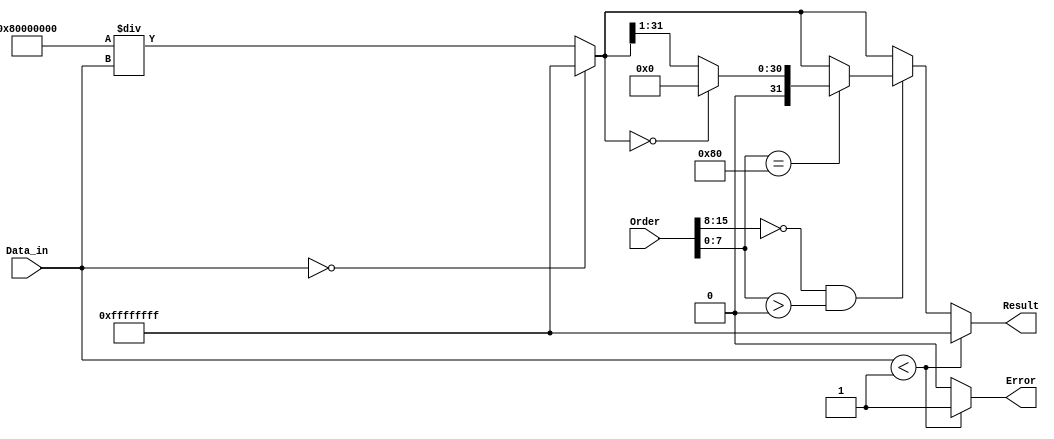
module fractional_order_reciprocal (
    input wire [31:0] Data_in,  // Input data (fixed-point or floating-point)
    input wire [15:0] Order,     // Fractional order (fixed-point representation)
    output reg [31:0] Result,    // Output result (fixed-point or floating-point)
    output reg Error              // Error flag
);

    // Internal signals
    reg [31:0] reciprocal;
    reg [31:0] temp_result;
    reg [15:0] order_fixed;
    reg [15:0] order_integer;
    reg [15:0] order_fractional;
    reg [31:0] sqrt_result;
    
    // Constants
    parameter ZERO_THRESHOLD = 32'h00000001; // Threshold to avoid division by zero

    // Reciprocal calculation function (simple division)
    function [31:0] calculate_reciprocal(input [31:0] value);
        begin
            if (value == 0) begin
                calculate_reciprocal = 32'hFFFFFFFF; // Error code for division by zero
            end else begin
                calculate_reciprocal = (1 << 31) / value; // Simple reciprocal calculation
            end
        end
    endfunction

    // Square root calculation (using simple approximation)
    function [31:0] calculate_sqrt(input [31:0] value);
        begin
            // Simple iterative approximation (Newton's method can be used for better accuracy)
            if (value == 0) begin
                calculate_sqrt = 0;
            end else begin
                calculate_sqrt = value >> 1; // Placeholder for actual sqrt calculation
            end
        end
    endfunction

    // Main logic
    always @(*) begin
        Error = 0; // Default no error
        Result = 0; // Default result

        // Input validation
        if (Data_in < ZERO_THRESHOLD) begin
            Error = 1; // Set error flag for invalid input
            Result = 32'hFFFFFFFF; // Output error code
        end else begin
            // Calculate reciprocal
            reciprocal = calculate_reciprocal(Data_in);
            
            // Check if Order is an integer or fractional
            order_integer = Order[15:8]; // Assuming the upper bits represent integer part
            order_fractional = Order[7:0]; // Assuming the lower bits represent fractional part
            
            // Handle fractional order calculation
            if (order_integer == 0 && order_fractional > 0) begin
                // Calculate square root or other fractional powers
                if (order_fractional == 8'h80) begin // For example, 1/2
                    sqrt_result = calculate_sqrt(reciprocal);
                    Result = sqrt_result;
                end else begin
                    // Other fractional calculations can be added here
                    Result = reciprocal; // Default to reciprocal if no specific case
                end
            end else begin
                // Integer order calculation
                Result = reciprocal; // Simplified for integer order
            end
        end
    end

endmodule